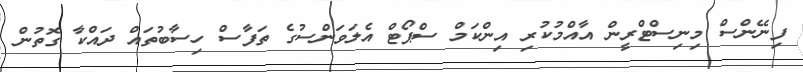
ފިނޭންސް މިނިސްޓްރީން އާއްމުކުރި އިންކަމް ސްޕޯޓް އެލަވަންސުގެ ތަފާސް ހިސާބުތައް ދައްކާ ގޮތުން